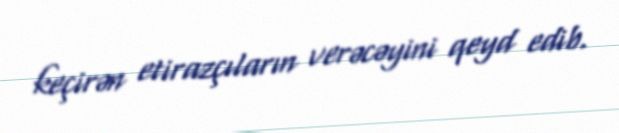
keçirən etirazçıların verəcəyini qeyd edib.